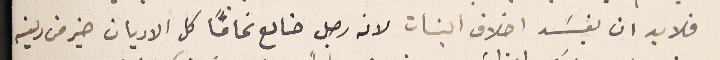
فلا بد ان يفسَد اخلاق البنات لانه رجل ضاىع تمامًا كل الاديان خير من دينه